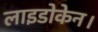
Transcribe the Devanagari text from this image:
लाइडोकेन।